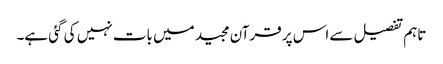
تاہم تفصیل سے اس پر قرآن مجید میں بات نہیں کی گئی ہے۔